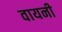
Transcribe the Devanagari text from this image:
वायनी